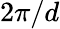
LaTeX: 2\pi/d